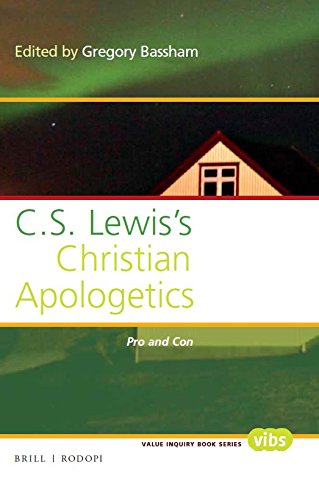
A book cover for C. S. Lewis's Christian Apologetics: Pro and Con (Value Inquiry Book); Politics & Social Sciences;